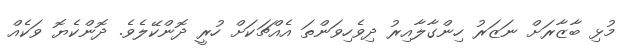
މުޅި ބާޒާރަށް ނަޒަރު ހިންގާލާއިރު ދިވެހިވަންތަ އެއްޗަކަށް ހުރީ ދޮންކޭލެވެ. ދޮންކެޔޮ ވަކެއް